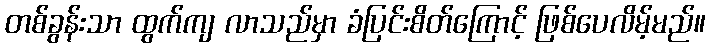
တစ်ခွန်းသာ ထွက်ကျ လာသည်မှာ ခံပြင်းစိတ်ကြောင့် ဖြစ်ပေလိမ့်မည်။